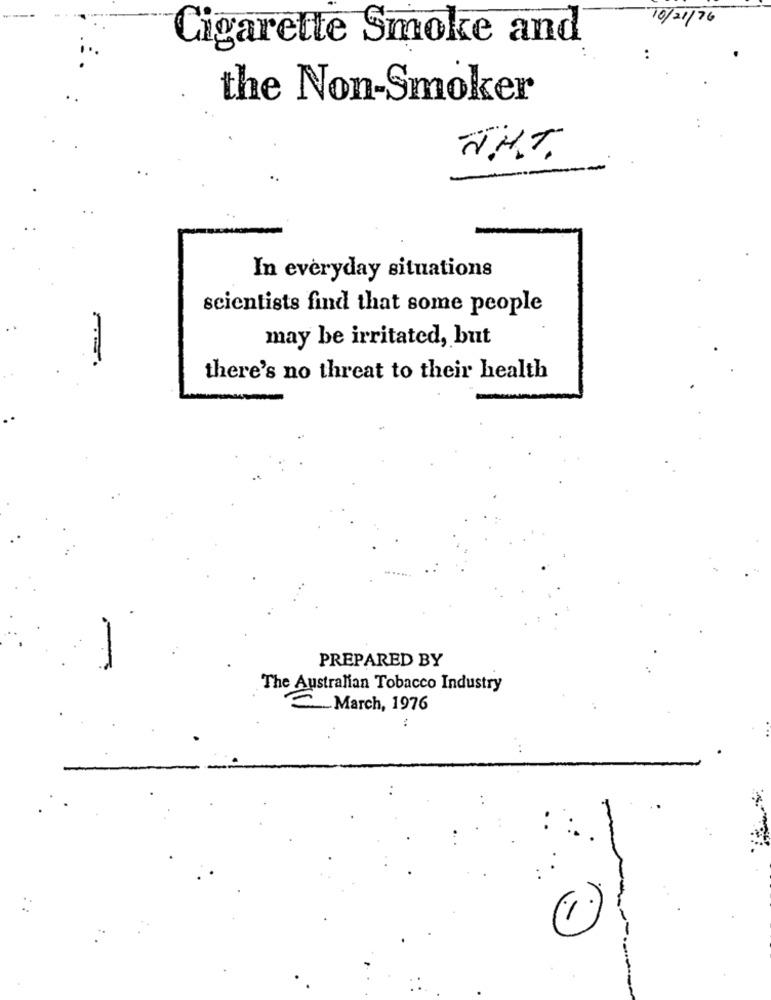
12/10/01
Cigarette Smoke and
..
the Non-Smoker
THT.
In everyday situations
scientists find that some people
may be irritated, but
there's no threat to their health
PREPARED BY
The Australian Tobacco Industry
March, 1976
: